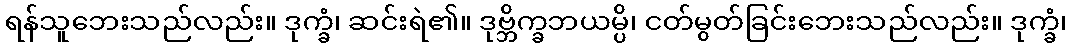
ရန်သူဘေးသည်လည်း။ ဒုက္ခံ၊ ဆင်းရဲ၏။ ဒုဗ္ဘိက္ခဘယမ္ပိ၊ ငတ်မွတ်ခြင်းဘေးသည်လည်း။ ဒုက္ခံ၊